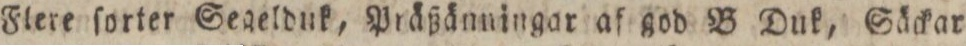
Flere ſorter Segelduk, Präßänningar af god B Duk, Säckar